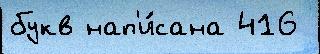
букв нап'и́сана 416